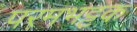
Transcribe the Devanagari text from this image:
परमभट्टक